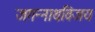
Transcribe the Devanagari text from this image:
जगन्नाथविजय